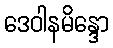
ဒေဝါနမိန္ဒော